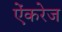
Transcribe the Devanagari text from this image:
ऐंकरेज